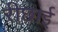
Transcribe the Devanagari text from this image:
रीछाई